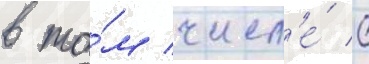
в то́м числ'е́ с